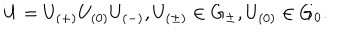
U = U _ { ( + ) } U _ { ( 0 ) } U _ { ( - ) } , U _ { ( \pm ) } \in G _ { \pm } , U _ { ( 0 ) } \in G _ { 0 } .